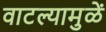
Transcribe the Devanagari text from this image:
वाटल्यामुळें